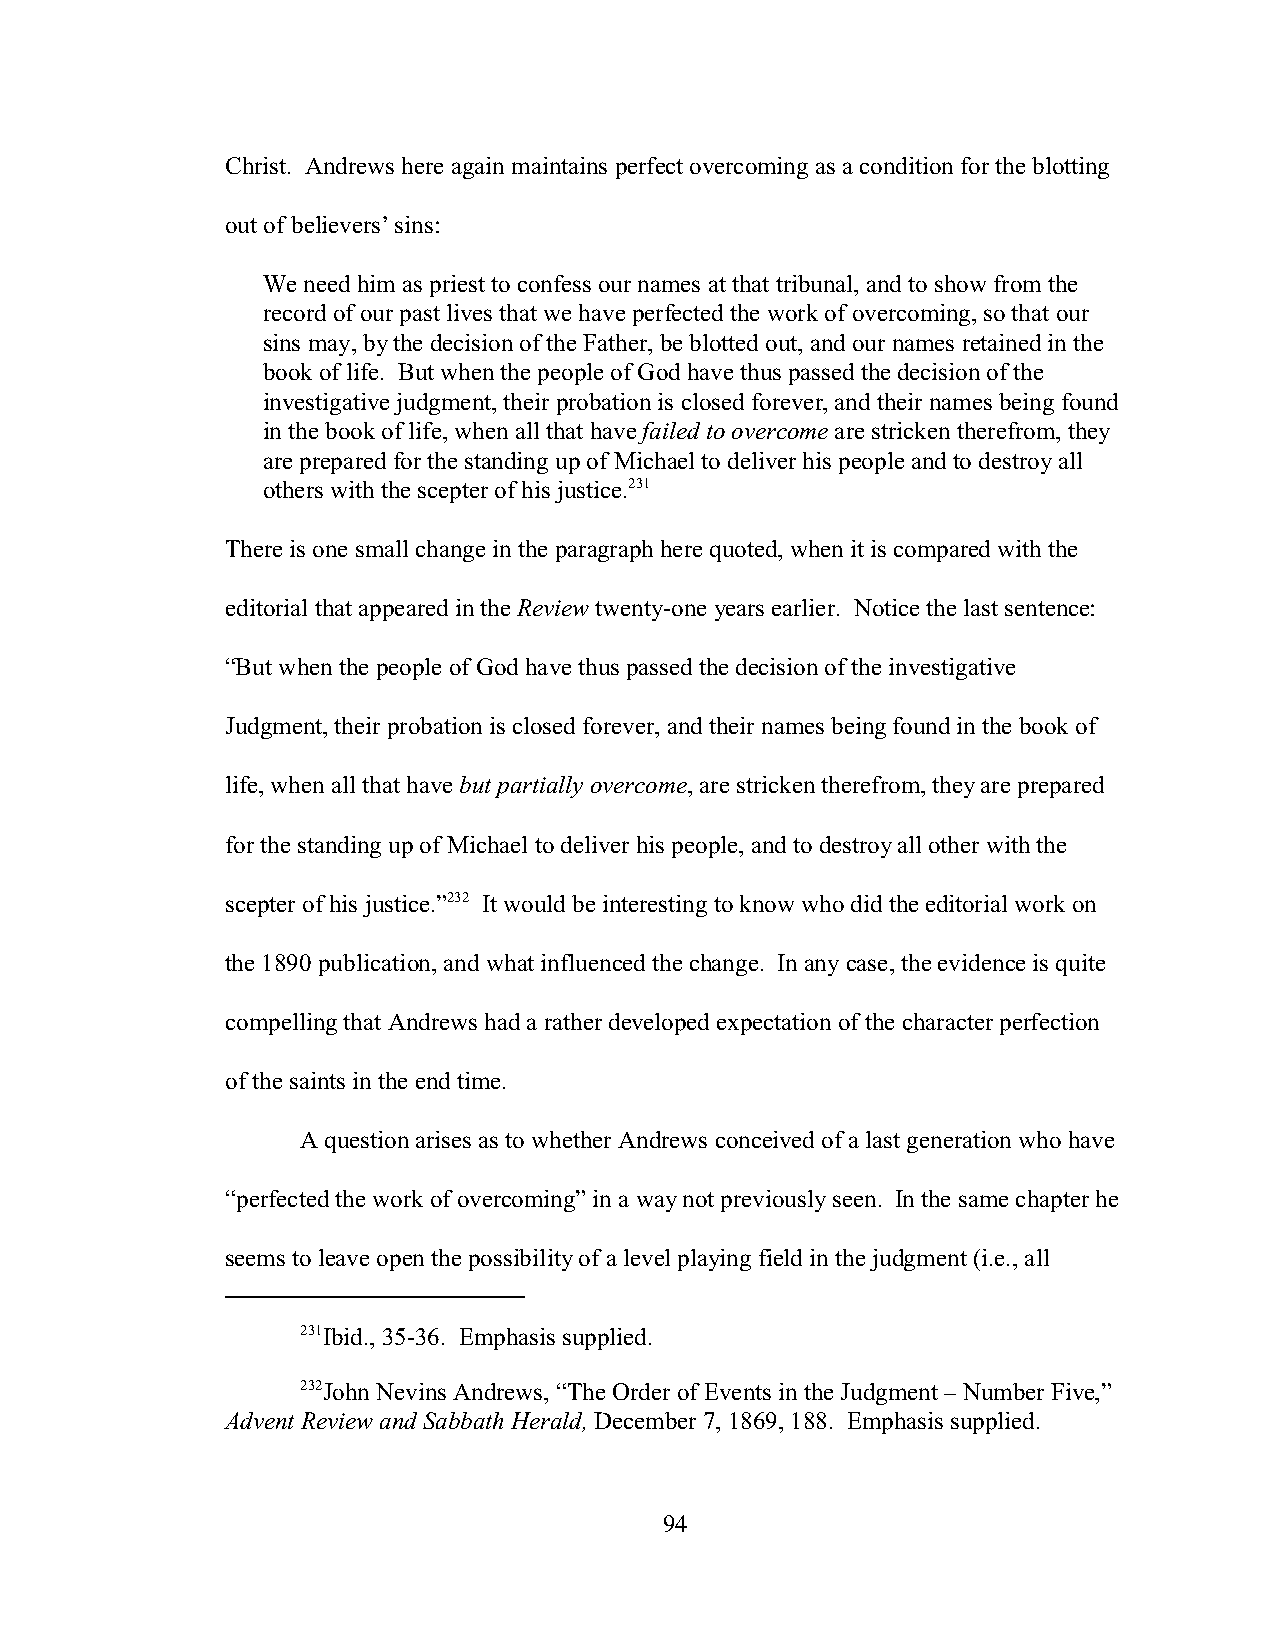
Christ. Andrews here again maintains perfect overcoming as a condition for the blotting
 out of believers’ sins:
 We need him as priest to confess our names at that tribunal, and to show from the
 record of our past lives that we have perfected the work of overcoming, so that our
 sins may, by the decision of the Father, be blotted out, and our names retained in the
 book of life. But when the people of God have thus passed the decision of the
 investigative judgment, their probation is closed forever, and their names being found
 in the book of life, when all that have failed to overcome are stricken therefrom, they
 are prepared for the standing up of Michael to deliver his people and to destroy all
 others with the scepter of his justice.231
 There is one small change in the paragraph here quoted, when it is compared with the
 editorial that appeared in the Review twenty-one years earlier. Notice the last sentence:
 “But when the people of God have thus passed the decision of the investigative
 Judgment, their probation is closed forever, and their names being found in the book of
 life, when all that have but partially overcome, are stricken therefrom, they are prepared
 for the standing up of Michael to deliver his people, and to destroy all other with the
 scepter of his justice.”232 It would be interesting to know who did the editorial work on
 the 1890 publication, and what influenced the change. In any case, the evidence is quite
 compelling that Andrews had a rather developed expectation of the character perfection
 of the saints in the end time.
 A question arises as to whether Andrews conceived of a last generation who have
 “perfected the work of overcoming” in a way not previously seen. In the same chapter he
 seems to leave open the possibility of a level playing field in the judgment (i.e., all
 231Ibid., 35-36. Emphasis supplied.
 232John Nevins Andrews, “The Order of Events in the Judgment – Number Five,”
 Advent Review and Sabbath Herald, December 7, 1869, 188. Emphasis supplied.
 94